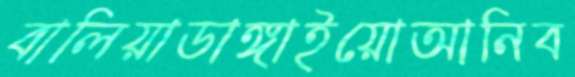
বালিয়াডাঙ্গাইয়োআনিব